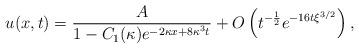
LaTeX: \begin{align*} u(x,t)=\frac{A}{1-C_1(\kappa)e^{-2\kappa x+8\kappa^3t}}+O\left(t^{-\frac{1}{2}}e^{-16t\xi^{3/2}}\right), \end{align*}